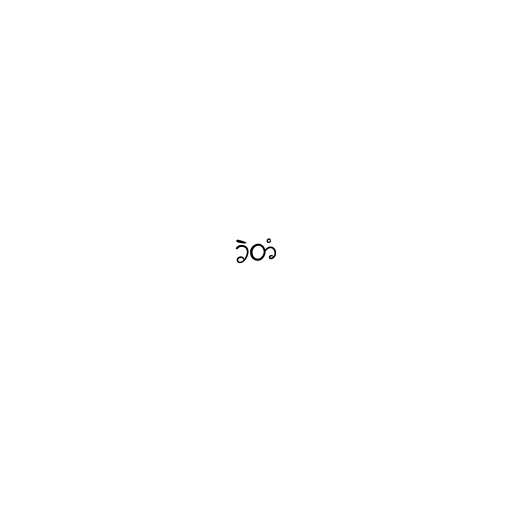
ခဲတံ